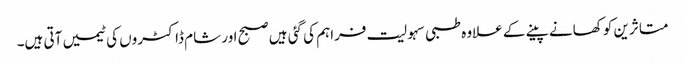
متاثرین کو کھانے پینے کے علاوہ طبی سہولیت فراہم کی گئی ہیں صبح اور شام ڈاکٹروں کی ٹیمیں آتی ہیں۔